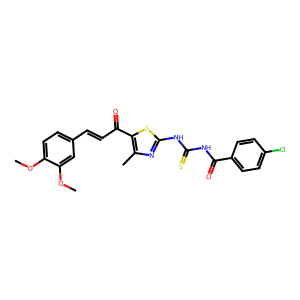
SMILES: COc1ccc(C=CC(=O)c2sc(NC(=S)NC(=O)c3ccc(Cl)cc3)nc2C)cc1OC
Inhibits HIV replication: No